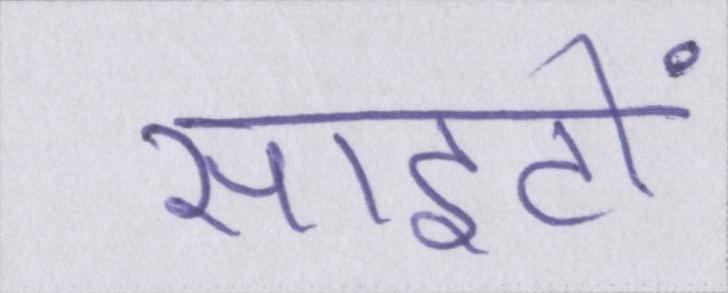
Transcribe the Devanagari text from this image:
साइटों